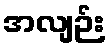
အလျဉ်း